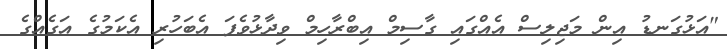
"އަޅުގަނޑު އިން މަޖިލިސް އެއްގައި ގާސިމް އިބްރާހިމް ވިދާޅުވެފަ އެބަހުރި އެކަމުގެ އަގެއްގެ